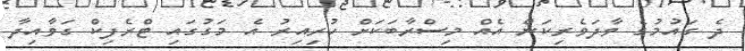
ދެ ގައުމުގެ ވާދަވެރިކަން އެއް މިސްރާބަކަށް ހުރިއިރު އެ މަގުގައި ޓްރެފިކް ގަވާއިދާ